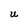
Character: U